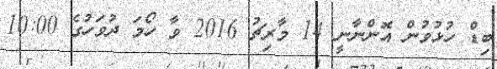
ބިޑް ހުޅުވުން އޮންނާނީ 14 މާރިޗު 2016 ވާ ހޯމަ ދުވަހުގެ 10:00